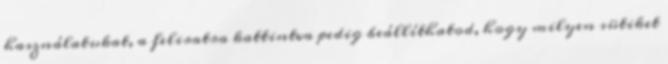
használatukat, a feliratra kattintva pedig beállíthatod, hogy milyen sütiket